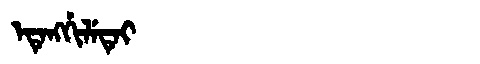
Manchu: ᡝᡨᡝᠩᡤᡳᠯᡝᡨᡝᡳ
Romanization: ETENGGILETEI